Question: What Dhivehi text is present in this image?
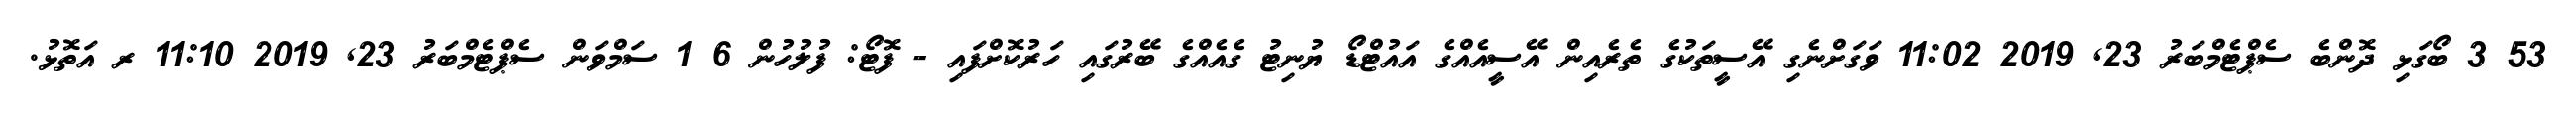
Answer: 53 3 ބޯގަޅި ދޮންބެ ސެޕްޓެމްބަރު 23, 2019 11:02 ވަގަށްނެގި އޭސީތަކުގެ ތެރެއިން އޭސީއެއްގެ އައުޓްޑޯ ޔުނިޓު ގެއެއްގެ ބޭރުގައި ހަރުކޮށްފައި - ފޮޓޯ: ފުލުހުން 6 1 ސަމްވަން ސެޕްޓެމްބަރު 23, 2019 11:10 ރ އަތޮޅު.